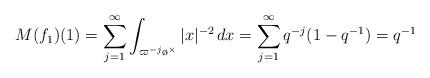
LaTeX: \begin{align*} M(f_1)(1) = \sum_{j=1}^{\infty} \int_{\varpi^{-j} \o^{\times}} |x|^{-2} \, dx = \sum_{j=1}^{\infty} q^{-j} (1-q^{-1}) = q^{-1}\end{align*}